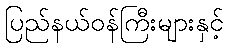
ပြည်နယ်ဝန်ကြီးများနှင့်